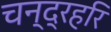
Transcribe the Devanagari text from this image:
चन्द्रहरि